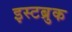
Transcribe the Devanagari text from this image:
इस्टब्रुक